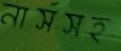
নার্সসহ